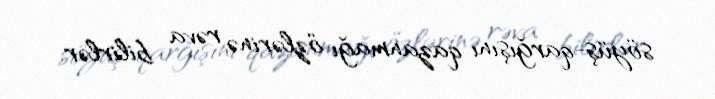
söyüş-qarğışını qazanmağı özlərinə rəva bilirlər.